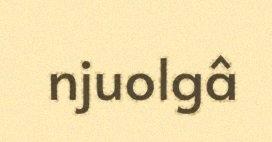
njuolgâ